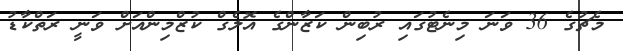
މެޗުގެ 36 ވަނަ މިނެޓުގައި ރުބިން ކަޒާންގެ އޮލެގް ކުޒްމިންއަށް ވަނީ ރަތްކާޑު